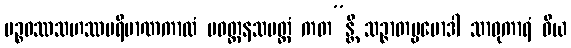
ပဉ္စဝဿသဟဿပရိမာဏကာလံ ပဝတ္တနသမတ္ထံ ကတ”န္တိ သဉ္ဇာတပ္ပမောဒါ သာဓုကာရံ ဝိယ